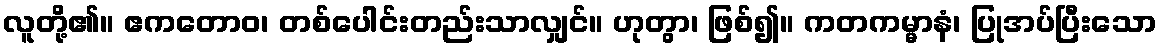
လူတို့၏။ ဧကတောဝ၊ တစ်ပေါင်းတည်းသာလျှင်။ ဟုတွာ၊ ဖြစ်၍။ ကတကမ္မာနံ၊ ပြုအပ်ပြီးသော